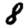
Digit: 8